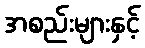
အစည်းများနှင့်